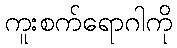
ကူးစက်ရောဂါကို